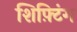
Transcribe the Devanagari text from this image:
शिफ़्टिंग